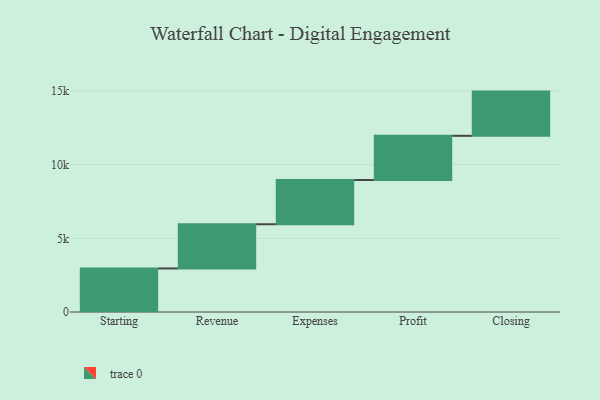
{"axis": {"x": "Step", "y": "Value"}, "legend": [""], "data": [{"x": "Starting", "y": 2955.0, "type": ""}, {"x": "Revenue", "y": 3000, "type": ""}, {"x": "Expenses", "y": 3000, "type": ""}, {"x": "Profit", "y": 3000, "type": ""}, {"x": "Closing", "y": 3000, "type": ""}]}